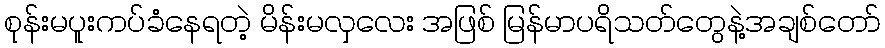
စုန်းမပူးကပ်ခံနေရတဲ့ မိန်းမလှလေး အဖြစ် မြန်မာပရိသတ်တွေနဲ့အချစ်တော်